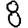
Digit: 8